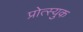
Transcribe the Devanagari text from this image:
प्रोत्स्युक